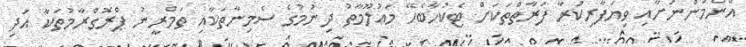
އާންމުންނަށާއި ވިޔަފާރިކުރާ ފަރާތްތަކަށް ޓެކުހާބެހޭ މަޢުލޫމާތު ދިނުމުގެ ސެމިނާތަކާއި ތަމްރީނު ޕްރޮގްރާމުތަކާ އަދި